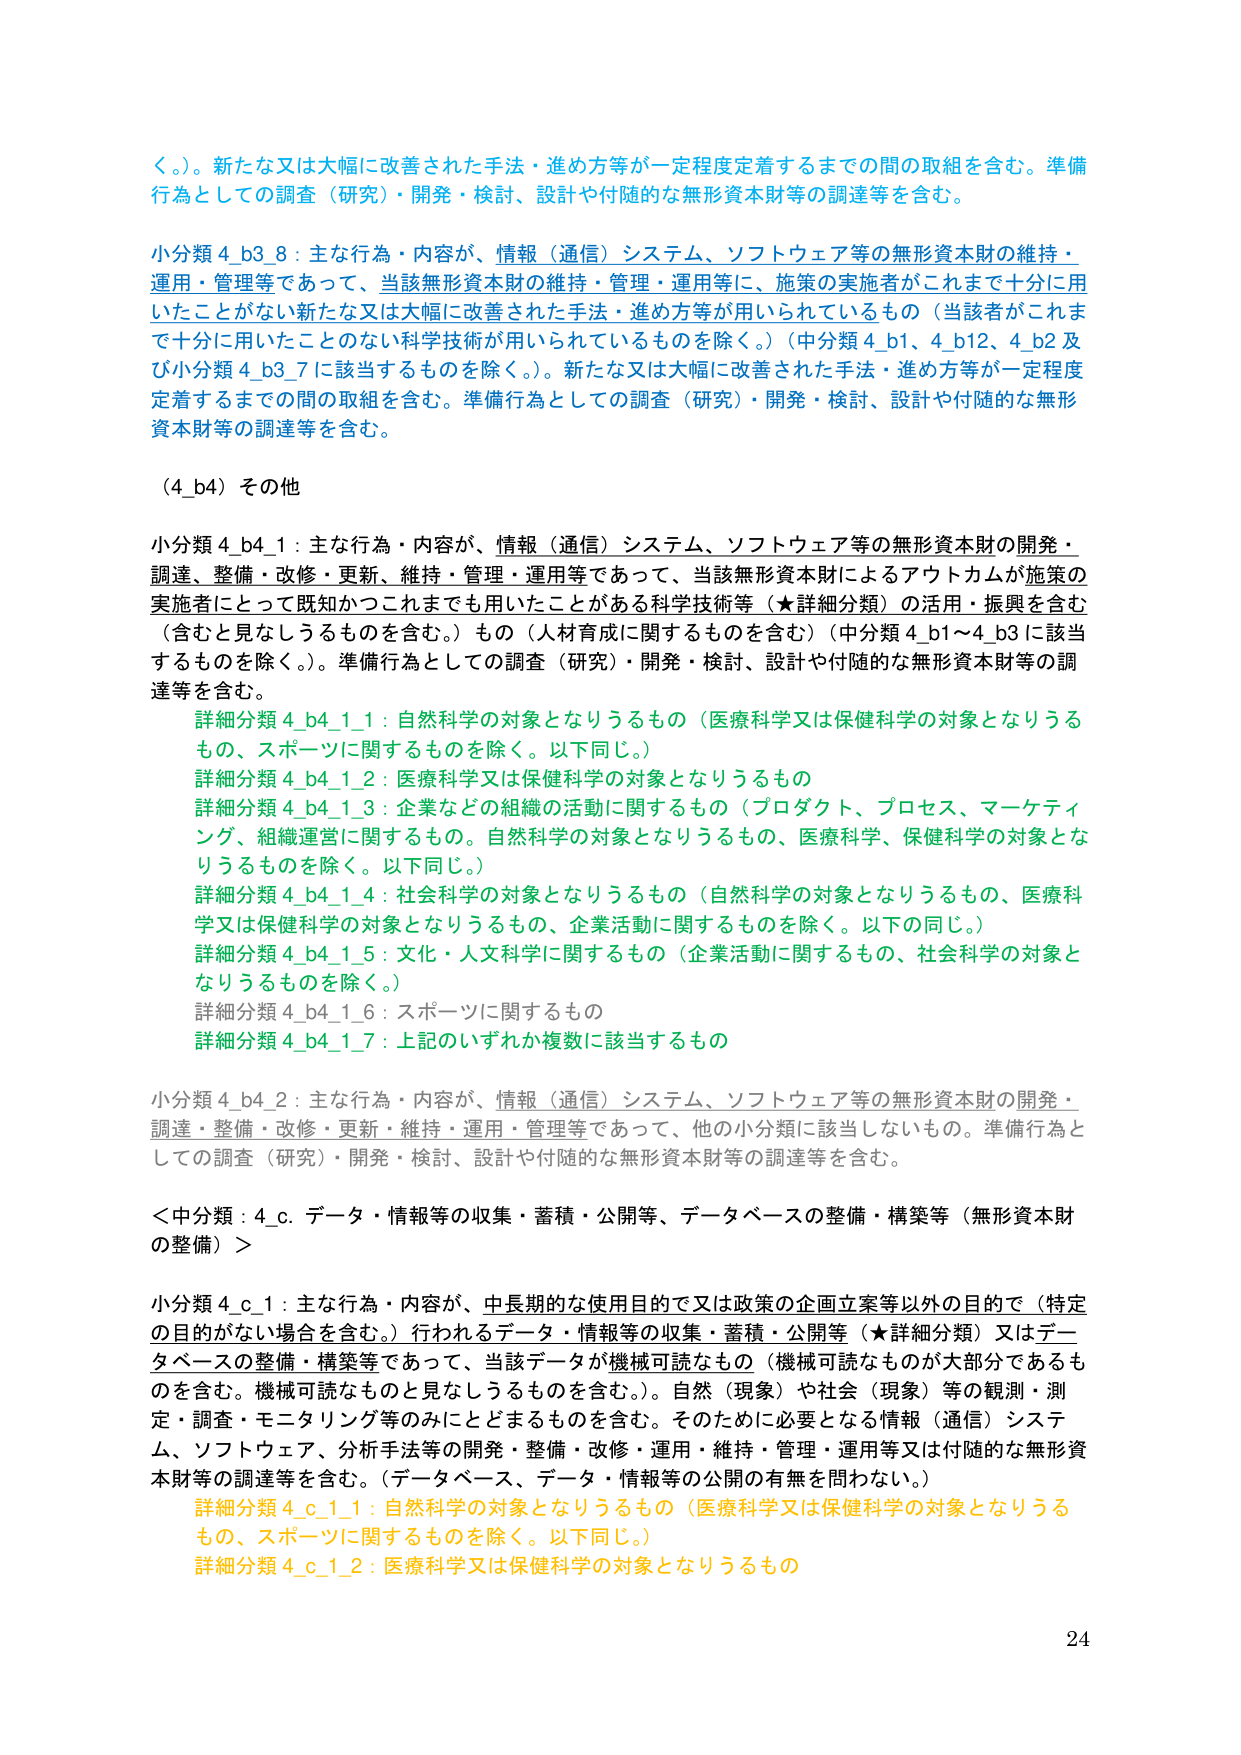
く。）。新たな又は大幅に改善された手法・進め方等が一定程度定着するまでの間の取組を含む。準備行為としての調査（研究）・開発・検討、設計や付随的な無形資本財等の調達等を含む。

小分類 4_b3_8：主な行為・内容が、情報（通信）システム、ソフトウェア等の無形資本財の維持・運用・管理等であって、当該無形資本財の維持・管理・運用等に、施策の実施者がこれまで十分に用いたことがない新たな又は大幅に改善された手法・進め方等が用いられているもの（当該者がこれまで十分に用いたことのない科学技術が用いられているものを除く。）（中分類 4_b1、4_b12、4_b2 及び小分類 4_b3_7 に該当するものを除く。）。新たな又は大幅に改善された手法・進め方等が一定程度定着するまでの間の取組を含む。準備行為としての調査（研究）・開発・検討、設計や付随的な無形資本財等の調達等を含む。

（4_b4）その他

小分類 4_b4_1：主な行為・内容が、情報（通信）システム、ソフトウェア等の無形資本財の開発・調達・整備・改修・更新・維持・管理・運用等であって、当該無形資本財によるアウトカムが施策の実施者にとって既知かつこれまでも用いたことがある科学技術等（★詳細分類）の活用・振興を含む（含むと見なしうるものを含む。）もの（人材育成に関するものを含む）（中分類 4_b1～4_b3 に該当するものを除く。）。準備行為としての調査（研究）・開発・検討、設計や付随的な無形資本財等の調達等を含む。

　詳細分類 4_b4_1_1：自然科学の対象となりうるもの（医療科学又は保健科学の対象となりうるもの、スポーツに関するものを除く。以下同じ。）

　詳細分類 4_b4_1_2：医療科学又は保健科学の対象となりうるもの

　詳細分類 4_b4_1_3：企業などの組織の活動に関するもの（プロダクト、プロセス、マーケティング、組織運営に関するもの。自然科学の対象となりうるもの、医療科学、保健科学の対象となりうるものを除く。以下同じ。）

　詳細分類 4_b4_1_4：社会科学の対象となりうるもの（自然科学の対象となりうるもの、医療科学又は保健科学の対象となりうるもの、企業活動に関するものを除く。以下の同じ。）

　詳細分類 4_b4_1_5：文化・人文科学に関するもの（企業活動に関するもの、社会科学の対象となりうるものを除く。）

　詳細分類 4_b4_1_6：スポーツに関するもの

　詳細分類 4_b4_1_7：上記のいずれか複数に該当するもの

小分類 4_b4_2：主な行為・内容が、情報（通信）システム、ソフトウェア等の無形資本財の開発・調達・整備・改修・更新・維持・運用・管理等であって、他の小分類に該当しないもの。準備行為としての調査（研究）・開発・検討、設計や付随的な無形資本財等の調達等を含む。

＜中分類：4_c. データ・情報等の収集・蓄積・公開等、データベースの整備・構築等（無形資本財の整備）＞

小分類 4_c_1：主な行為・内容が、中長期的な使用目的で又は政策の企画立案等以外の目的で（特定の目的がない場合を含む。）行われるデータ・情報等の収集・蓄積・公開等（★詳細分類）又はデータベースの整備・構築等であって、当該データが機械可読なもの（機械可読なもののが大部分であるものを含む。機械可読なものと見なしうるものを含む。）。自然（現象）や社会（現象）等の観測・測定・調査・モニタリング等のみにとどまるものを含む。そのために必要となる情報（通信）システム、ソフトウェア、分析手法等の開発・整備・改修・運用・維持・管理・運用等又は付随的な無形資本財等の調達等を含む。（データベース、データ・情報等の公開の有無を問わない。）

　詳細分類 4_c_1_1：自然科学の対象となりうるもの（医療科学又は保健科学の対象となりうるもの、スポーツに関するものを除く。以下同じ。）

　詳細分類 4_c_1_2：医療科学又は保健科学の対象となりうるもの

24